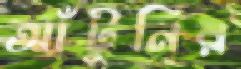
আঁটুনির